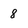
Character: 8